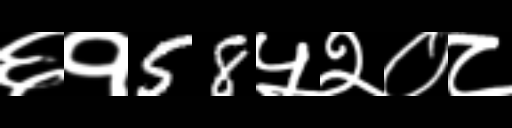
Text: ६१58५२०८